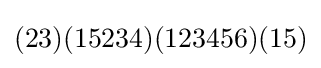
(23)(15234)(123456)(15)